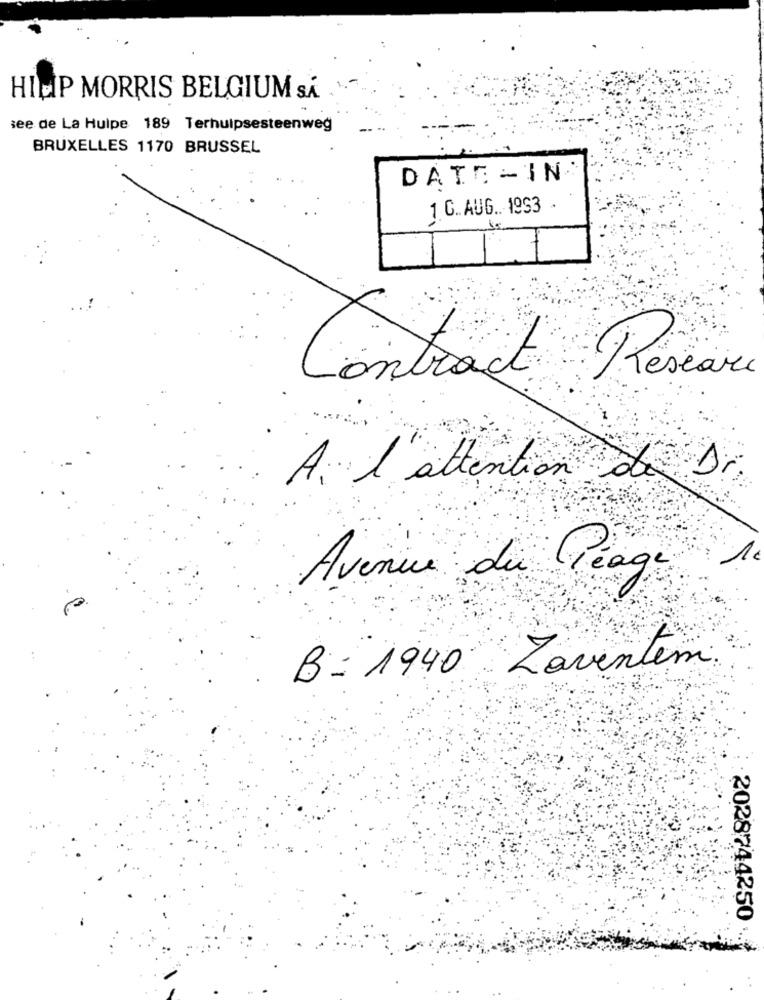
HICP MORRIS BELGIUM SÁ
see de La Hulpe 189 Terhulpsesteenweg
BRUXELLES 1170 BRUSSEL
DATE -IN
1 C. AUG. 1993
Contract Réseau
A l'attention de Dr
Avenue du Péage
B: 1940 Zaventem.
2028744250